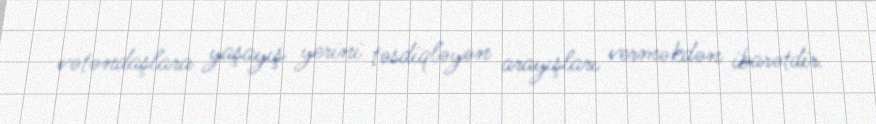
vətəndaşlara yaşayış yerini təsdiqləyən arayışları verməkdən ibarətdir.